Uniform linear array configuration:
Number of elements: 32
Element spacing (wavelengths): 0.75
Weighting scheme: binomial
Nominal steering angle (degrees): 0
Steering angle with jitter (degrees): -1.261
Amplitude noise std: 0.05
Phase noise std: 0.05

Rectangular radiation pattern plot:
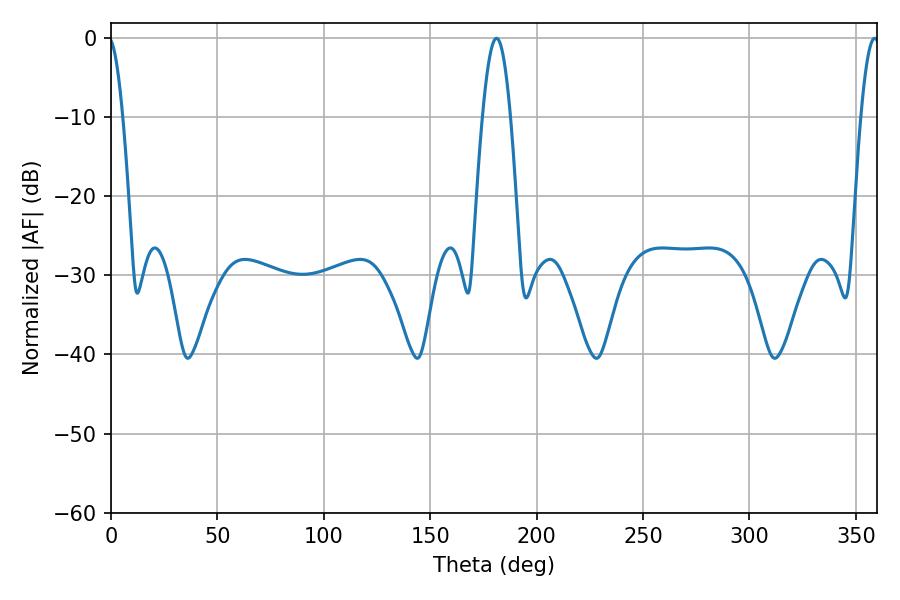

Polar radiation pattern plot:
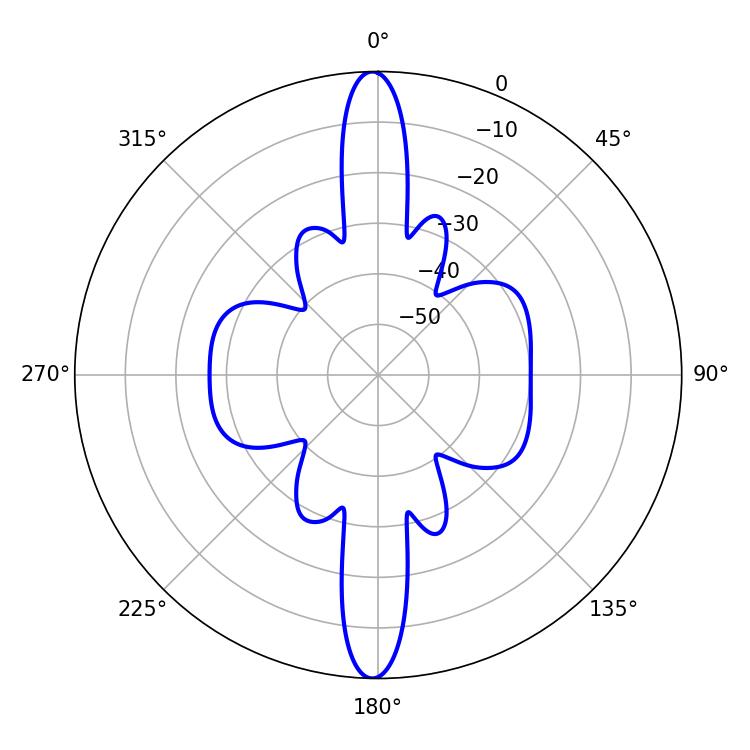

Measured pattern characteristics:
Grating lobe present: TRUE
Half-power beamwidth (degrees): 4.68
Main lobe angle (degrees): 358.92